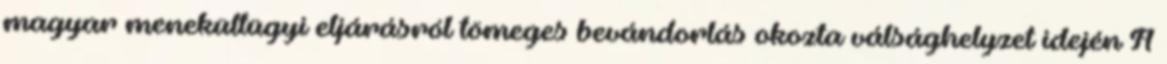
magyar menekültügyi eljárásról tömeges bevándorlás okozta válsághelyzet idején A